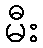
မီး